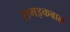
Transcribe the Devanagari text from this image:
रामइकबाल